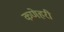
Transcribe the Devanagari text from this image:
कणेहरी